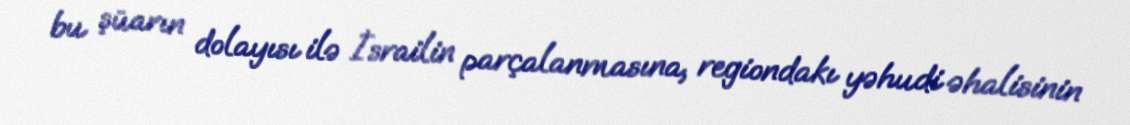
bu şüarın dolayısı ilə İsrailin parçalanmasına, regiondakı yəhudi əhalisinin